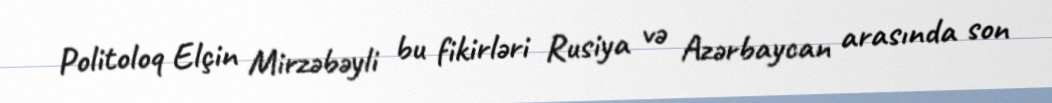
Politoloq Elçin Mirzəbəyli bu fikirləri Rusiya və Azərbaycan arasında son